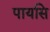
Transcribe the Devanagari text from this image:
पायसि